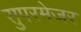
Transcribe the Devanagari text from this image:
सुपरमेजर